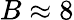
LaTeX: B\approx 8